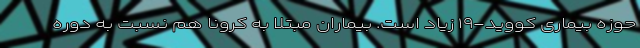
حوزه بیماری کووید-۱۹ زیاد است. بیماران مبتلا به کرونا هم نسبت به دوره